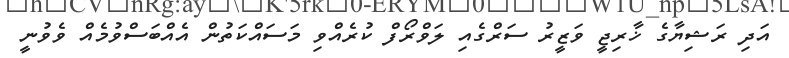
އަދި ރަޝިޔާގެ ޚާރިޖީ ވަޒީރު ސަރްގެއި ލަވްރޯފް ކުރެއްވި މަސައްކަތުން އެއްބަސްވުމެއް ވެވުނީ